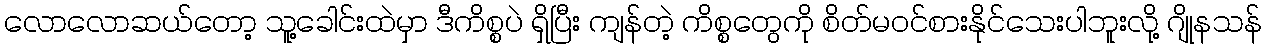
လောလောဆယ်တော့ သူ့ခေါင်းထဲမှာ ဒီကိစ္စပဲ ရှိပြီး ကျန်တဲ့ ကိစ္စတွေကို စိတ်မဝင်စားနိုင်သေးပါဘူးလို့ ဂျိုနသန်